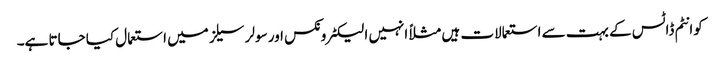
کوانٹم ڈاٹس کے بہت سے استعمالات ہیں مثلاً انہیں الیکٹرونکس اور سولر سیلز میں استعمال کیا جاتا ہے۔